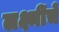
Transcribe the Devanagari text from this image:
लक्ष्मींचे